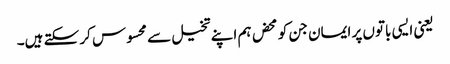
یعنی ایسی باتوں پر ایمان جن کو محض ہم اپنے تخیل سے محسوس کر سکتے ہیں۔